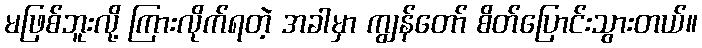
မဖြစ်ဘူးလို့ ကြားလိုက်ရတဲ့ အခါမှာ ကျွန်တော် စိတ်ပြောင်းသွားတယ်။